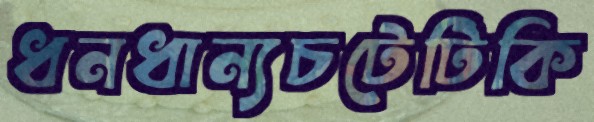
ধনধান্যচটেটিকি